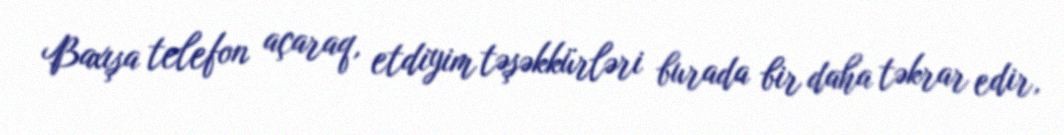
Baxışa telefon açaraq, etdiyim təşəkkürləri burada bir daha təkrar edir,